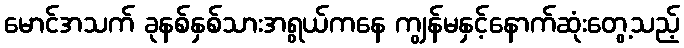
မောင်အသက် ခုနစ်နှစ်သားအရွယ်ကနေ ကျွန်မနှင့်နောက်ဆုံးတွေ့သည့်